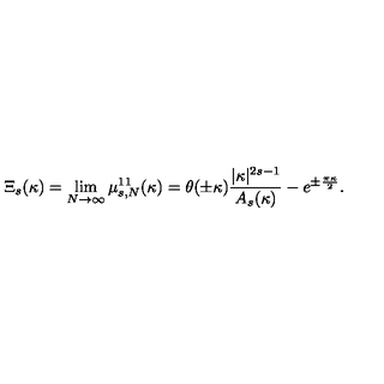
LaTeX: \Xi _ { s } ( \kappa ) = \lim _ { N \to \infty } \mu _ { s , N } ^ { 1 1 } ( \kappa ) = \theta ( \pm \kappa ) \frac { | \kappa | ^ { 2 s - 1 } } { A _ { s } ( \kappa ) } - e ^ { \pm \frac { \pi \kappa } { 2 } } .